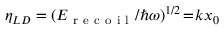
\eta _ { L D } = ( E _ { \mathrm { ~ r ~ e ~ c ~ o ~ i ~ l ~ } } / \hbar \omega ) ^ { 1 / 2 } \! = \! k x _ { 0 }